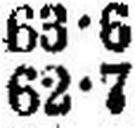
62•7